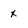
Character: x